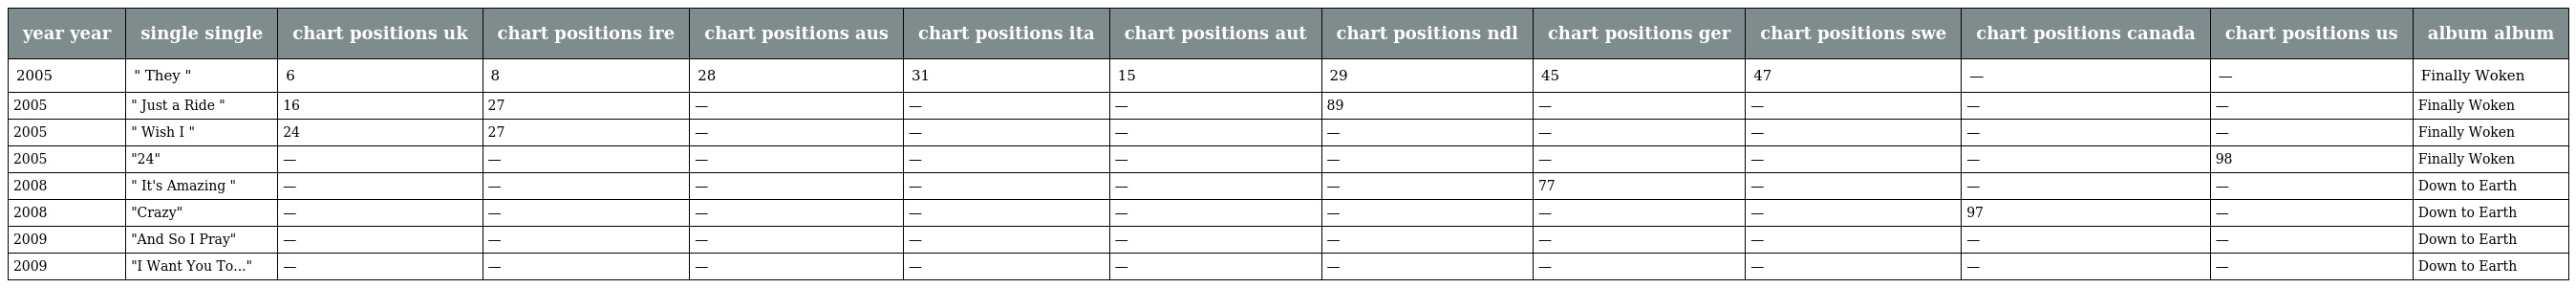
| year year | single single | chart positions uk | chart positions ire | chart positions aus | chart positions ita | chart positions aut | chart positions ndl | chart positions ger | chart positions swe | chart positions canada | chart positions us | album album |
 | --- | --- | --- | --- | --- | --- | --- | --- | --- | --- | --- | --- | --- |
 | 2005 | " They " | 6 | 8 | 28 | 31 | 15 | 29 | 45 | 47 | — | — | Finally Woken |
 | 2005 | " Just a Ride " | 16 | 27 | — | — | — | 89 | — | — | — | — | Finally Woken |
 | 2005 | " Wish I " | 24 | 27 | — | — | — | — | — | — | — | — | Finally Woken |
 | 2005 | "24" | — | — | — | — | — | — | — | — | — | 98 | Finally Woken |
 | 2008 | " It's Amazing " | — | — | — | — | — | — | 77 | — | — | — | Down to Earth |
 | 2008 | "Crazy" | — | — | — | — | — | — | — | — | 97 | — | Down to Earth |
 | 2009 | "And So I Pray" | — | — | — | — | — | — | — | — | — | — | Down to Earth |
 | 2009 | "I Want You To..." | — | — | — | — | — | — | — | — | — | — | Down to Earth |